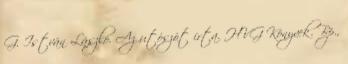
G. István László. Az utószót írta. HVG Könyvek. Bp.,